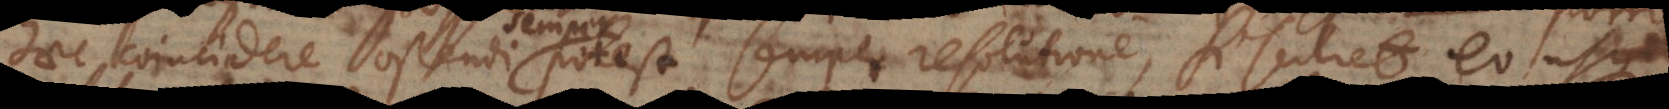
haec coincidere ostendi potest resolutione, si scilicet eo u